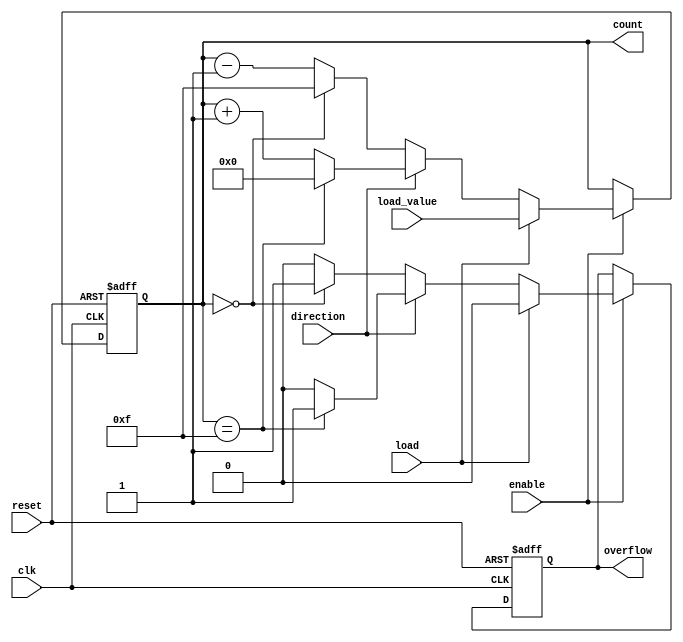
module synchronous_counter (
    input wire clk,          // Clock input
    input wire reset,        // Asynchronous reset
    input wire enable,       // Enable signal
    input wire load,         // Load signal
    input wire [3:0] load_value, // Value to load when load is high
    input wire direction,     // Direction control (1 for up, 0 for down)
    output reg [3:0] count,   // 4-bit count output
    output reg overflow       // Overflow flag
);

// Counter state
always @(posedge clk or posedge reset) begin
    if (reset) begin
        // Asynchronous reset
        count <= 4'b0000;  // Reset counter to 0
        overflow <= 1'b0;   // Clear overflow
    end else if (enable) begin
        if (load) begin
            // Load new value into counter
            count <= load_value;
            overflow <= 1'b0; // Clear overflow on load
        end else begin
            // Counting logic
            if (direction) begin
                // Count up
                if (count == 4'b1111) begin
                    count <= 4'b0000; // Reset to 0 on overflow
                    overflow <= 1'b1;  // Set overflow flag
                end else begin
                    count <= count + 1; // Increment counter
                    overflow <= 1'b0; // Clear overflow
                end
            end else begin
                // Count down
                if (count == 4'b0000) begin
                    count <= 4'b1111; // Wrap around to max value
                    overflow <= 1'b1;  // Set overflow flag
                end else begin
                    count <= count - 1; // Decrement counter
                    overflow <= 1'b0; // Clear overflow
                end
            end
        end
    end
end

endmodule